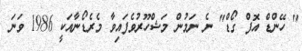
" ހޭންޑް އޮފް ގޯޑް" ނެ ނަމުން މަޝްހޫރުވެފައިވާ މެރެޑޯނާއަކީ 1986 ވަނަ